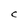
Character: C